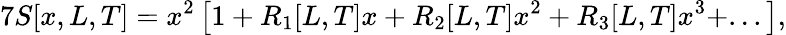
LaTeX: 7S[x,L,T]=x^{2}\left[1+R_{1}[L,T]x+R_{2}[L,T]x^{2}+R_{3}[L,T]x^{3}+...\right],